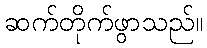
ဆက်တိုက်ဖွာသည်။